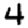
Digit: 4